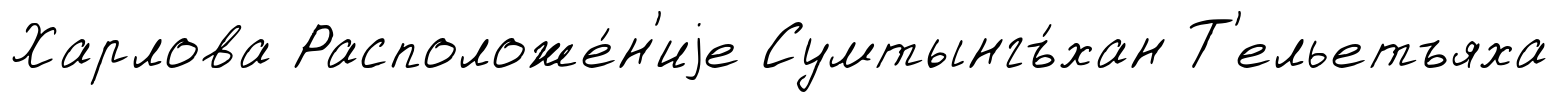
Харлова Расположе́н'иjе Сумтынгъ́хан Т'ельетъяха